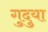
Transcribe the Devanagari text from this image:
गुदुया